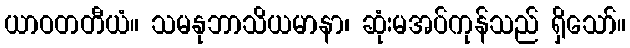
ယာဝတတီယံ။ သမနုဘာသိယမာနာ၊ ဆုံးမအပ်ကုန်သည် ရှိသော်။